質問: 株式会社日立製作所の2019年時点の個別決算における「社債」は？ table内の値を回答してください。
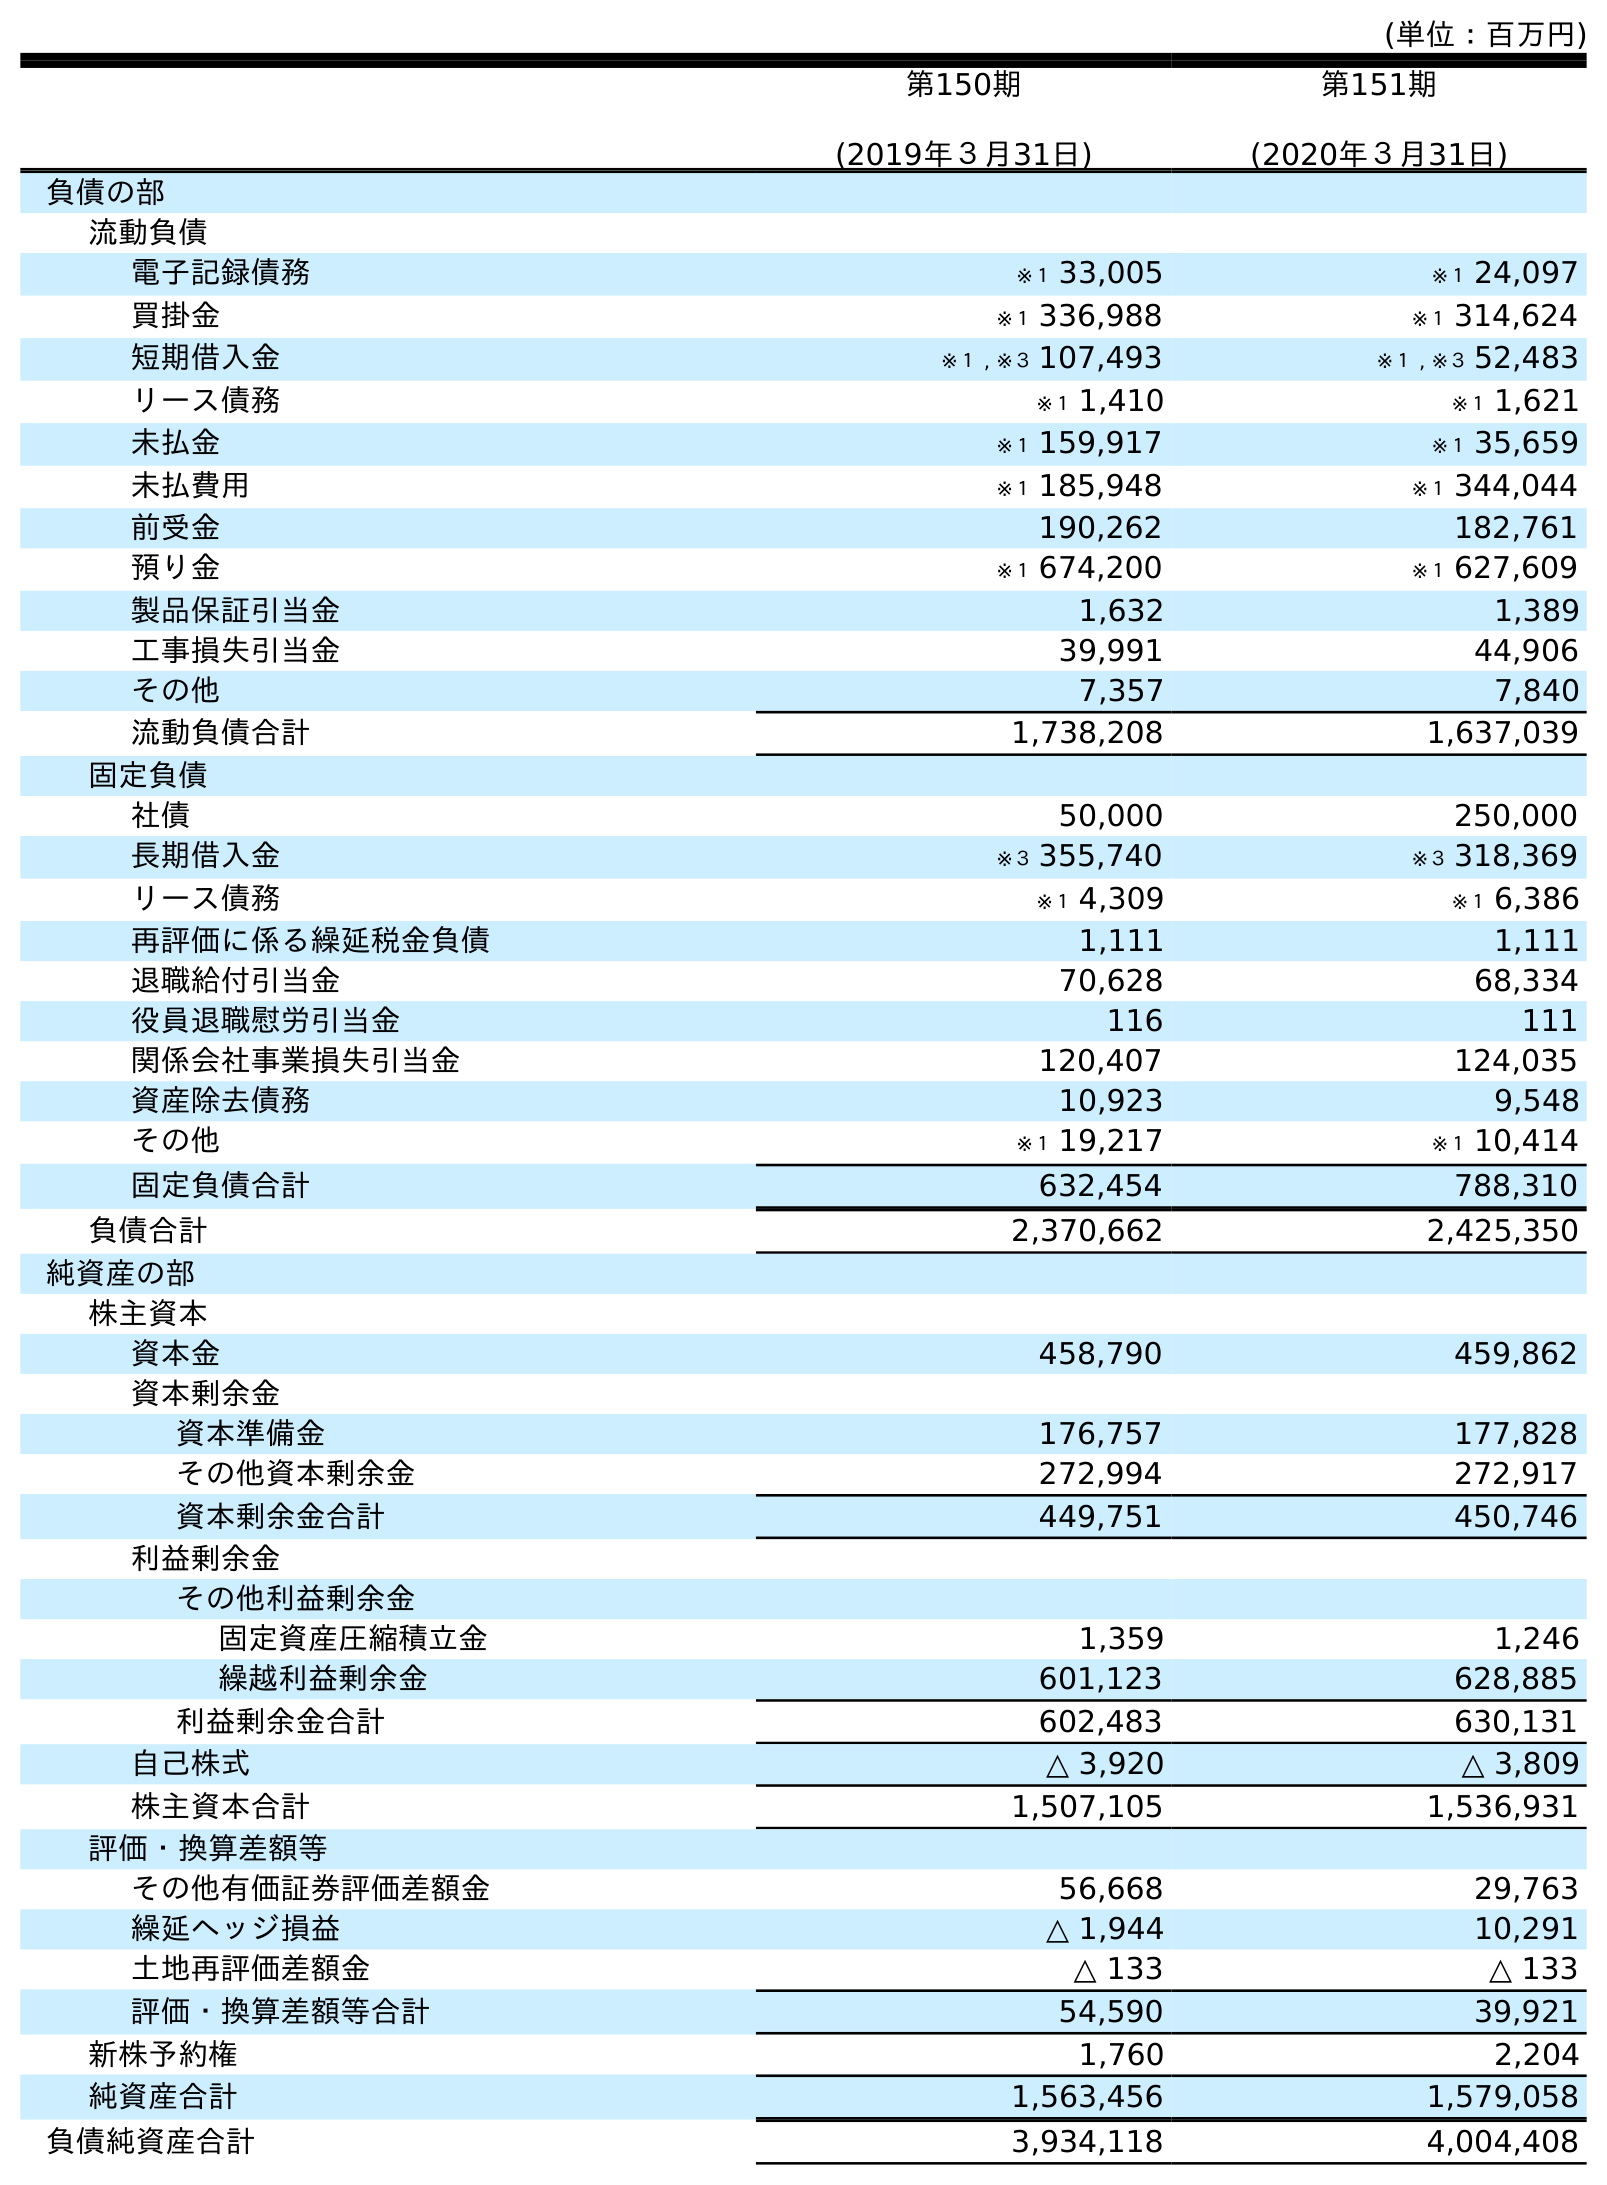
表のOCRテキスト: (単位：百万円) 第150期 (2019年３月31日) 第151期 (2020年３月31日) 負債の部 流動負債 電子記録債務 ※１ 33,005 ※１ 24,097 買掛金 ※１ 336,988 ※１ 314,624 短期借入金 ※１ , ※３ 107,493 ※１ , ※３ 52,483 リース債務 ※１ 1,410 ※１ 1,621 未払金 ※１ 159,917 ※１ 35,659 未払費用 ※１ 185,948 ※１ 344,044 前受金 190,262 182,761 預り金 ※１ 674,200 ※１ 627,609 製品保証引当金 1,632 1,389 工事損失引当金 39,991 44,906 その他 7,357 7,840 流動負債合計 1,738,208 1,637,039 固定負債 社債 50,000 250,000 長期借入金 ※３ 355,740 ※３ 318,369 リース債務 ※１ 4,309 ※１ 6,386 再評価に係る繰延税金負債 1,111 1,111 退職給付引当金 70,628 68,334 役員退職慰労引当金 116 111 関係会社事業損失引当金 120,407 124,035 資産除去債務 10,923 9,548 その他 ※１ 19,217 ※１ 10,414 固定負債合計 632,454 788,310 負債合計 2,370,662 2,425,350 純資産の部 株主資本 資本金 458,790 459,862 資本剰余金 資本準備金 176,757 177,828 その他資本剰余金 272,994 272,917 資本剰余金合計 449,751 450,746 利益剰余金 その他利益剰余金 固定資産圧縮積立金 1,359 1,246 繰越利益剰余金 601,123 628,885 利益剰余金合計 602,483 630,131 自己株式 △ 3,920 △ 3,809 株主資本合計 1,507,105 1,536,931 評価・換算差額等 その他有価証券評価差額金 56,668 29,763 繰延ヘッジ損益 △ 1,944 10,291 土地再評価差額金 △ 133 △ 133 評価・換算差額等合計 54,590 39,921 新株予約権 1,760 2,204 純資産合計 1,563,456 1,579,058 負債純資産合計 3,934,118 4,004,408
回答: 50,000